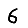
Digit: 6